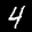
Label: 4